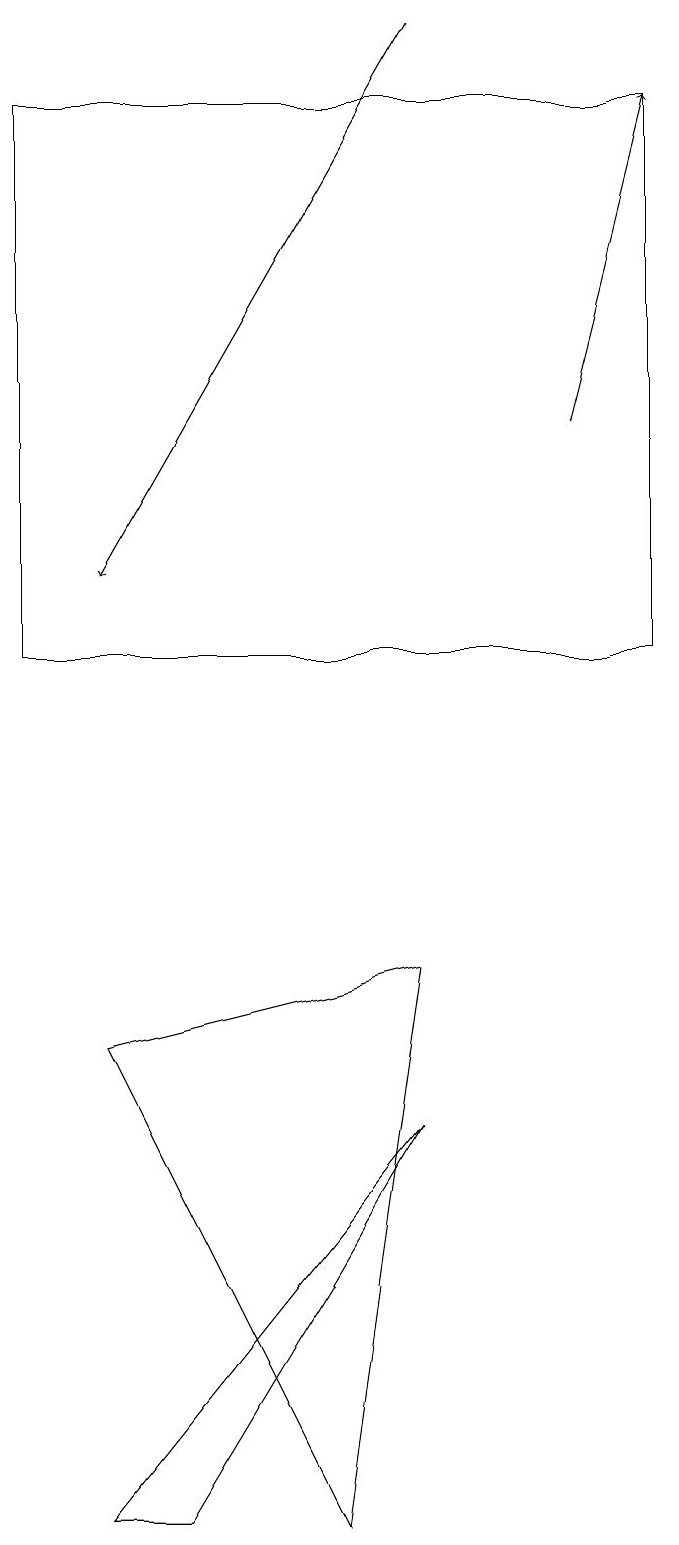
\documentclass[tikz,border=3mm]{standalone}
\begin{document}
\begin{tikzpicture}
\draw (3,0) -- (2,0) -- (6,5) -- cycle;
\draw[->] (8,14) -- (9,18);
\draw (1,18) rectangle (9,11);
\draw (5,0) -- (2,6) -- (6,7) -- cycle;
\draw[->] (6,19) -- (2,12);
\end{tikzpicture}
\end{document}